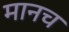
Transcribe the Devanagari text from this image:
मानच